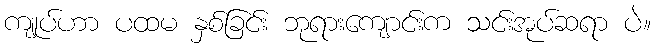
ကျုပ်ဟာ ပထမ နှစ်ခြင်း ဘုရားကျောင်းက သင်းအုပ်ဆရာ ပဲ။